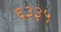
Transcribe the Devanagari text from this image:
६३३५